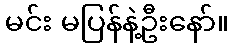
မင်း မပြန်နဲ့ဦးနော်။